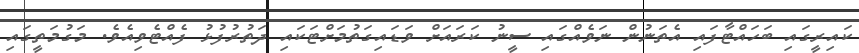
ކައިރީގައި ބަހައްޓާފައި އެތަނުން ނަވެއްގައި ސީނު ކަރައަށް ވަޑައިގަތުމަށްޓަކައި ދަތުރުފުޅު ފެއްޓެވިއެވެ. މަގުމަތީގައި